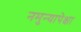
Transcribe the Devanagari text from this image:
नमुन्यापेक्षा